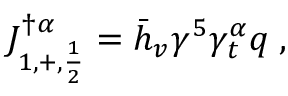
J _ { 1 , + , { \frac { 1 } { 2 } } } ^ { \dag \alpha } = \bar { h } _ { v } \gamma ^ { 5 } \gamma _ { t } ^ { \alpha } q \; ,